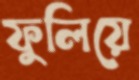
ফুলিয়ে